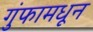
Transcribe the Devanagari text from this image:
गुंफामधून